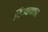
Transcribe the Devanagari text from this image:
विनानफा